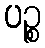
ပဉ္စ